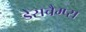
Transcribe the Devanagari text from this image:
डेसचैम्प्स